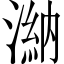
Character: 𣻀